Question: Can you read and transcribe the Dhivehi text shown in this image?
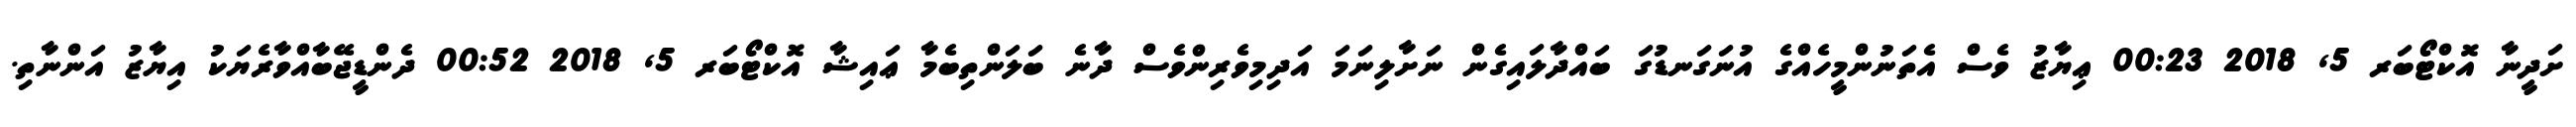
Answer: ށަދީނާ އޮކްޓޯބަރ 5, 2018 00:23 ޢިޔާޒު ވެސް އެތަނުންމީހެއްގެ އުނަގަނޑުގަ ބައްދާލައިގެން ނަށާލިނަމަ އަދިމިވެރިންވެސް ދާނެ ބަލަންތިބެމާ ޢައިޝާ އޮކްޓޯބަރ 5, 2018 00:52 ދެންޑީޖޭބާއްވާރެޔަކު އިޔާޒު އަންނާތި.